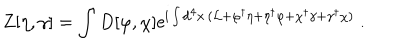
Z [ \eta , \gamma ] = \int D [ \varphi , \chi ] \mathrm { e } ^ { \mathrm { i } \int \mathrm { d } ^ { 4 } x \, ( { \cal L } + \varphi ^ { \dagger } \eta + \eta ^ { \dagger } \varphi + \chi ^ { \dagger } \gamma + \gamma ^ { \dagger } \chi ) } \ .